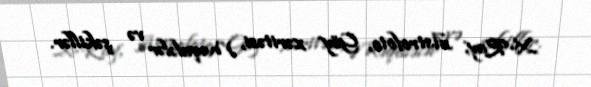
X-Ray, Astrofoto, Göy xəritəsi, Məqalələr və şəkillər.